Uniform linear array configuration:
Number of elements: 24
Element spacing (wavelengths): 0.5
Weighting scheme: blackman
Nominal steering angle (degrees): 15
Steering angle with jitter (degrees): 15.02
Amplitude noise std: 0.05
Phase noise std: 0.05

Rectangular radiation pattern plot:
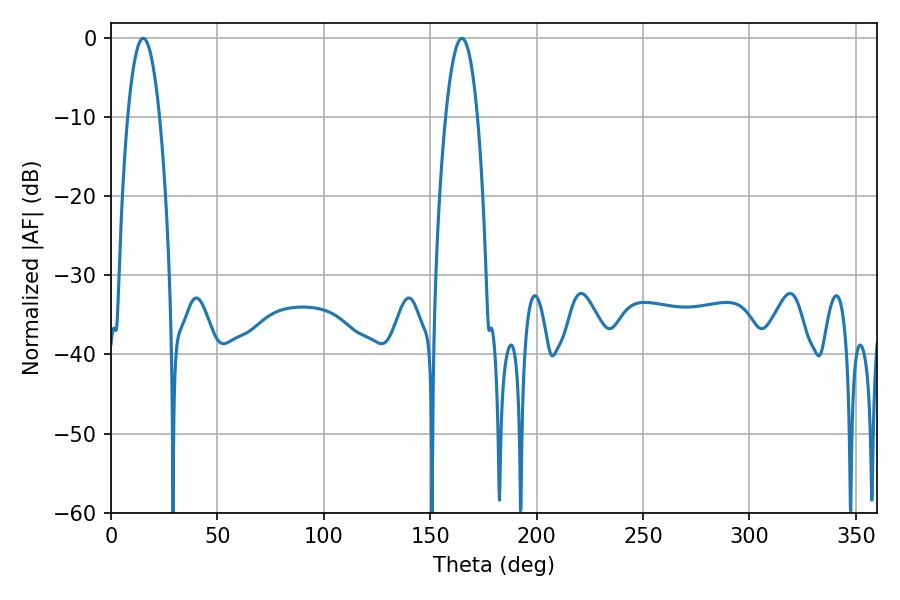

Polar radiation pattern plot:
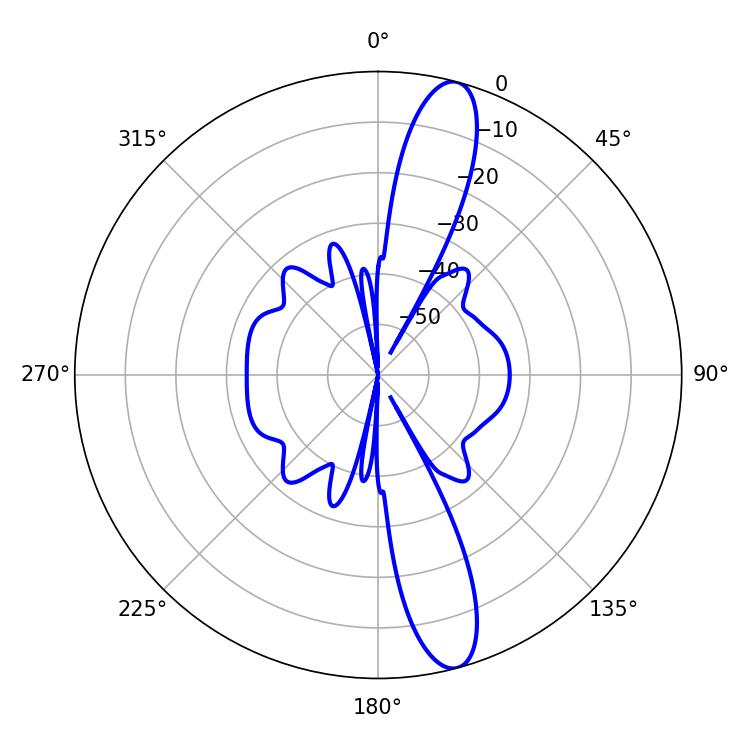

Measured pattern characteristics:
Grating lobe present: FALSE
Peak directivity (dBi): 13.925
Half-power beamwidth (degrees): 8.28
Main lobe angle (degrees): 15.12